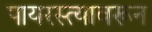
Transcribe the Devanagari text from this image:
पायरस्त्यावरून